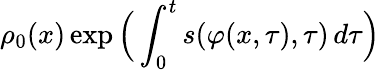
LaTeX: \rho_{0}(x)\exp\Big(\int_{0}^{t}s(\varphi(x,\tau),\tau)\, d\tau\Big)